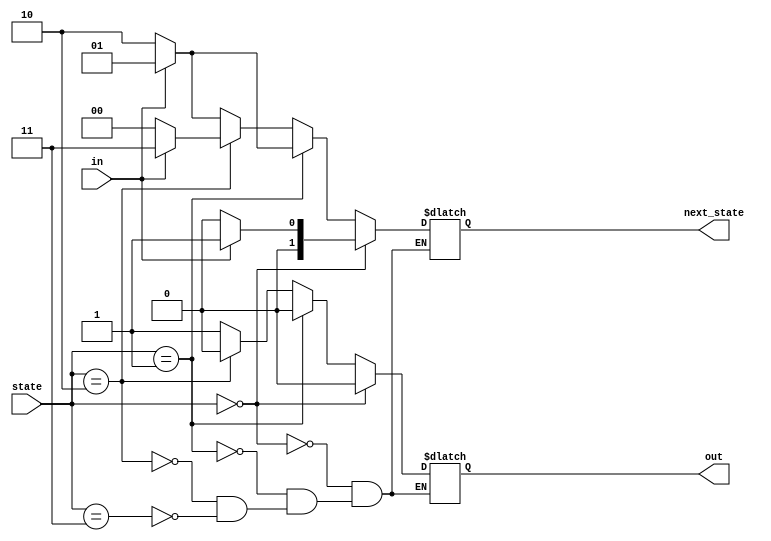
`timescale 1ns / 1ps
//////////////////////////////////////////////////////////////////////////////////
// Company: 
// Engineer: 
// 
// Design Name: 
// Module Name: des
// Project Name: 
// Target Devices: 
// Tool Versions: 
// Description: 
// 
// Dependencies: 
// 
// Revision:
// Revision 0.01 - File Created
// Additional Comments:
// 
//////////////////////////////////////////////////////////////////////////////////


module des(
    input in,
    input [1:0] state,
    output reg [1:0] next_state,
    output reg out 
    );
    parameter A=0,B=1,C=2,D=3;
    always @ (*) begin
    
    if(state==A) begin
    if(in==0) begin
    out<=0;
    next_state<=A;
    end
    else begin
    out<=0;
    next_state<=B;
    end
    end
    
    else if(state==B) begin
    if(in==0) begin
    out<=0;
    next_state<=C;
    end
    else begin
    out<=0;
    next_state<=B;
    end
    end
    
    else if(state==C) begin
    if(in==0) begin
    out<=0;
    next_state<=A;
    end
    else begin
    out<=0;
    next_state<=D;
    end
    end
    
    else if(state==D) begin
    if(in==0) begin
    out<=1;
    next_state<=C;
    end
    else begin
    out<=1;
    next_state<=B;
    end
    end
    
    end
endmodule